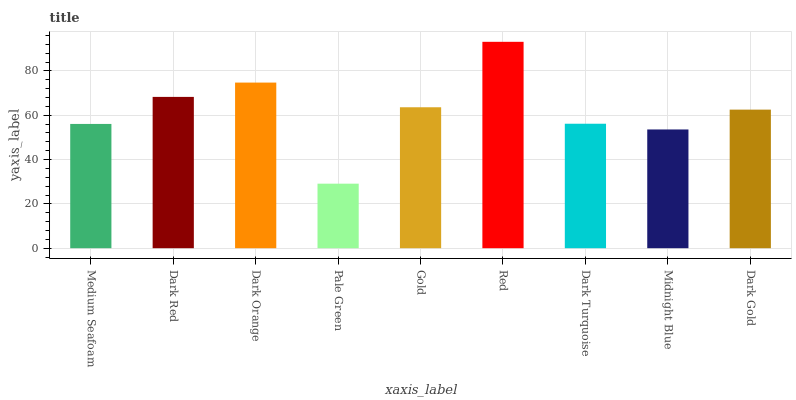
| xaxis_label | bars |
 | --- | --- |
 | Medium Seafoam | 56.1 |
 | Dark Red | 68.3 |
 | Dark Orange | 74.7 |
 | Pale Green | 29.1 |
 | Gold | 63.6 |
 | Red | 93.1 |
 | Dark Turquoise | 56.2 |
 | Midnight Blue | 53.6 |
 | Dark Gold | 62.5 |